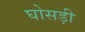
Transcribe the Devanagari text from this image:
घोसड़ी